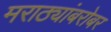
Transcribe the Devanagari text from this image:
मराठ्यांबरोबर